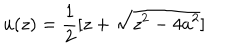
LaTeX: u ( z ) = { \frac { 1 } { 2 } } [ z + \sqrt { z ^ { 2 } - 4 a ^ { 2 } } ]